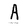
Character: A